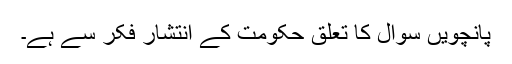
پانچویں سوال کا تعلق حکومت کے انتشار فکر سے ہے۔